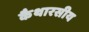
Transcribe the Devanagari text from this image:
कैथारसीय